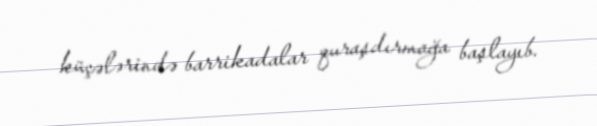
küçələrində barrikadalar quraşdırmağa başlayıb.